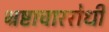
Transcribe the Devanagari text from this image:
भ्रष्टाचाररोधी